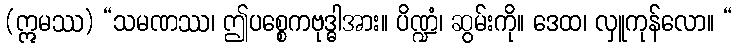
(ဣမဿ) “သမဏဿ၊ ဤပစ္စေကဗုဒ္ဓါအား။ ပိဏ္ဍံ၊ ဆွမ်းကို။ ဒေထ၊ လှူကုန်လော။ “